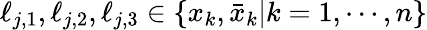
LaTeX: \ell_{j,1},\ell_{j,2},\ell_{j,3}\in\left\{ x_{k},\bar{x}_{k}|k=1,\cdots,n\right\}